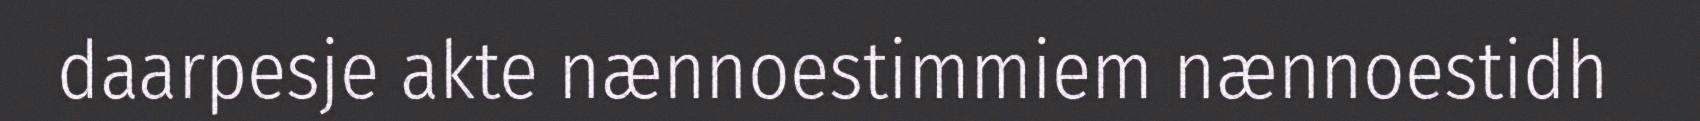
daarpesje akte nænnoestimmiem nænnoestidh